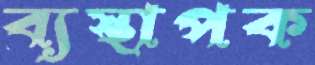
ব্যস্থাপক